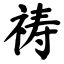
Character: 祷